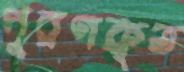
পূরণকৃত